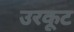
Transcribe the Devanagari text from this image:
उरकूट